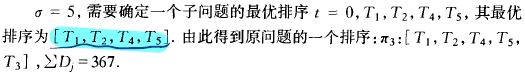
$\sigma = 5$, 需要确定一个子问题的最优排序 $t = 0,T_1,T_2,T_4,T_5$, 其最优排序为 $[T_1,T_2,T_4,T_5]$. 由此得到原问题的一个排序: $\pi_3:[T_1,T_2,T_4,T_5,T_3]$, $\sum D_i = 367$.